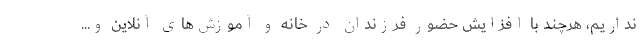
نداریم، هرچند با افزایش حضور فرزندان در خانه و آموزش‌های آنلاین و...